Leaving Certificate Examination, 1907
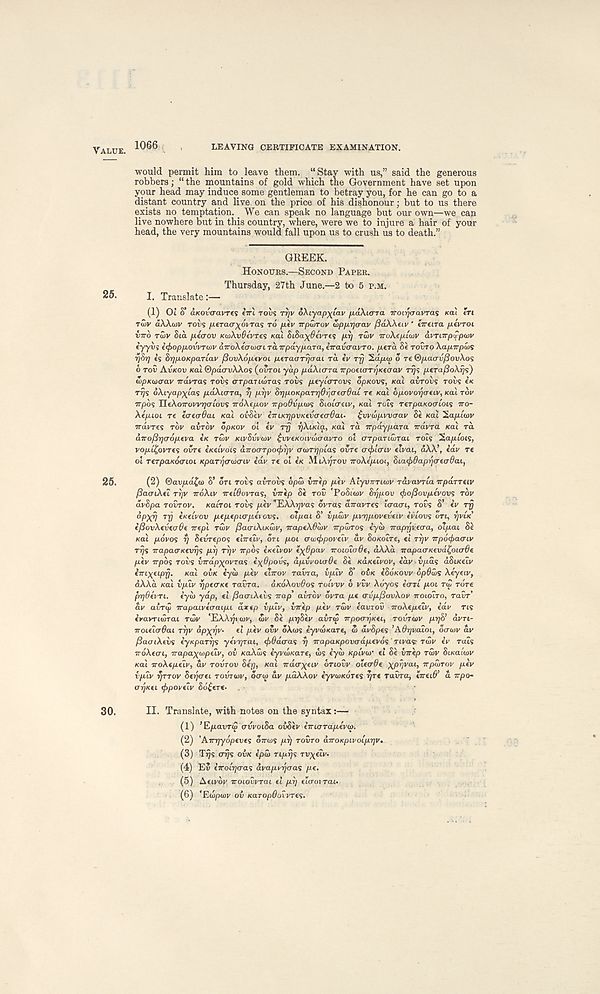
VALUE.
LEAVING CERTIFICATE EXAMINATION.
would permit him to leave them. “Stay with us,” said the generous
robbers; “ the mountains of gold which the Government have set upon
your head may induce some gentleman to betray you, for he can go to a
distant country and live on the price of his dishonour; but to us there
exists no temptation. We can speak no language but our own—we can
live nowhere but in this country, where, were we to injure a hair of your
head, the very mountains would fall upon us to crush us to death.”
GREEK.
HONOURS.—SECOND PAPER.
Thursday, 27th June.—2 to 5 P.M.
25.
I. Translate:—
(1) Oi S’ cbcovcravres eirl rovs rrjv oXiyap^tav fiaXurra iroLrjaavras KCU ITI
TUJV aAAcav Toils /xeraa^ovTas TO fiiv irpuirov wpprjarav ^dWeiv ' tTrtna pevroi
viro TWV Sia p.ecrov KaAvfovres xal SiSa^ffeprei p.rj TWV iro\ep.iwv avTiirptrpwv
eyyvi i<f>opp.ovvTwv aTroAecrtocri Ta.7rpayp.ara, inavcravTO. p.€ra 8« TOVTO XapTrpujs
f)8r) is 8r]p.OKpaTLav f3ov\6p.(voi iMfTaaTr/aai rd iv TT) 2dp.o> 5 re ®p.a(rvj8ov\os
6 rov AVKOV KO! ©pdcrvXkos (ovroi yap paXiara irpoticrTr)Kt(Ta.v rrjs p.tTafio\r)s)
d>pKwaav Travras TOVS aTparLWTas rovs payicrrovs dpnovs, xai avrovs rovs e*
rr/s oAiyap^tas piaXtcrra, y prjv 8r]poKpaT7j6iqaea6aL re Kal op-ovoycreiv, KUI rov
Trpos neXoTroWT^CTibus ir6Xep.ov Trpodvpios SiOLcreiv, Kal TOIS rerpaKocLOLs iro-
Xepuoi T€ (<Tf(r6ai Kai ov8tv iniKripvKtvaeo-Oai. £vvwp.vvaav 8e Kal Sap.i'ov
Trap-res TOV a TITOV op/cov ot ev rjj r)Xu<la, Kal ra irpdypara Travra #eai TOL
dirofirjo’op.tva CK TWV KIVSVVWV ^vvfKoivwaavTO ot crrpaTLwTai TOIS ’Xap.lois,
vop.i{)ovTts ovrt e/cetvots airoa-Tpo^v crwTrjpias ovre acfticnv eivai, dXX\ idv re
ol TerpaKoarioi Kparrjarw<nv idv re ot e/c MtAi/rov troXip-iot, 8i.a<}>9aprjo-ecr0ai,
25.
(2) ©av/xa^o) S’ on Tois avTovs opw xnrlp p.ev AiyuTrrtcov ravavria Trparretv
/SaffiXet TI]V TroXtv irdOovras, virlp Se TOO 'PoSttov 8rjpov <fio[5ovp.ivovs TOV
avSpa TOVTOV. tcatVot TOVS /xev ’EXX^vas ovras diravTts laacri, TOVS S’ ev rp
°PXV T V * K( lvov ptpfpKTpivovs. dlpai S’ ipwv pvrjpoveveiv iviovs OTU, rjviK
ifiovXevtoOt Trept TOLIV fiaaiXiKwv, traptXOwv Trpwros iyw iraprjveara, oT/xat Se
Kai povos rj Sevrepos etTretv, ort p.ot auxfcpoveiv av SoKotre, ei ri?v -rrp6<pacnv
Trjs TrapacrKcvrjs pi] TTJV Trpos eKetvov iyOpav iroioio$e, dXXa irapaaK€vdt,0La6e
piv Trpos TOVS virdpyavTas iyBpovs, dpvvoiade Se KaKetvov, edv. v/xas dSucetv
^Tri^eipp. Kal OVK eydj p.ev etTrov Tavra, v/xtv S’ OVK iSoKOvv opdws Xtyeiv,
dXXd Kat ipiv fjpecrKt Tavra.
OKOXOV^OS TOIVVV 6 vvv Xdyos ecrri /xot T(p Tore
fnjdevri. iyw ydp, et /JactXevs Trap’ avrdv dvra pi a-vp/3ovXov TTOLOLTO, Tavr’
dv avrtj; Trapatveo-at/xi diep v/xtv, vrrep /xev TWV eavrov TroXe/tetv, edv TIS
iravriwrai TWV 'EXXrp wv, wv Se pr)8tv avrw v-poar/Kn, TOUTWV pr]8’ dvrt-
TroiiicrOai TTJV dp^r/v-
et /xev ovv OXOJS iyvwKare, w dvSpes ’Adr/ualoi, oo-wv av
/SaaiXivs iynpaTr/s yeVr/rat, (f>0d<Tas rj irapaKpovadpevos Ttvasr rdv iv Tats
TrdXeo’t, Trapa^tupetv, ov KaXws iyvwKare, d>s eyti> Kpivw el Se vrrep TCVV StKatW
Kal TroXe/xetv, dv TOVTOV Sep, Kal Trdcr^etv OTIOVV olecrde xprjvai, TrpwTov /xev
v/xtv TJTTOV Seijaei TOVTWV, daw dv pdXXov eyvwKores pre Tavra, tTruO’ d rrpo-
enjKet (ftpovelv Sd^ere.
30.
II- Translate, with notes on the syntax:—
(1) ’ E/xavrw avvoiSa ovSev imaTdpevw.
(2) 'Amjyopeves OTTWS pp TOVTO airoKpivoiprjv.
(3) Tps ops OVK epw TLprjs rv^elv.
(4) Ev eVotpaas dva/xvpaas pe.
(5) Aetvdv Trotovvrat et pp elo-oirai.
(6) 'Ewpwv ov Karop^ofvres.